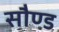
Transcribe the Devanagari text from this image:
सौण्ड